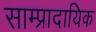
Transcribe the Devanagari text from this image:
साम्प्रादायिक